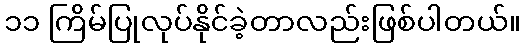
၁၁ ကြိမ်ပြုလုပ်နိုင်ခဲ့တာလည်းဖြစ်ပါတယ်။